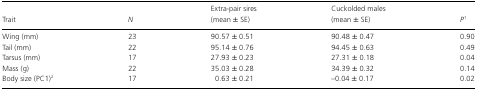
<table><thead><tr><td><b>Trait</b></td><td><b><i>N</i></b></td><td><b>Extra-pair sires (mean ± SE)</b></td><td><b>Cuckolded males (mean ± SE)</b></td><td><b><i>P</i>1</b></td></tr></thead><tbody><tr><td>Wing (mm)</td><td>23</td><td>90.57 ± 0.51</td><td>90.48 ± 0.47</td><td>0.90</td></tr><tr><td>Tail (mm)</td><td>22</td><td>95.14 ± 0.76</td><td>94.45 ± 0.63</td><td>0.49</td></tr><tr><td>Tarsus (mm)</td><td>17</td><td>27.93 ± 0.23</td><td>27.31 ± 0.18</td><td>0.04</td></tr><tr><td>Mass (g)</td><td>22</td><td>35.03 ± 0.28</td><td>34.39 ± 0.32</td><td>0.14</td></tr><tr><td>Body size (PC1)2</td><td>17</td><td>0.63 ± 0.21</td><td>–0.04 ± 0.17</td><td>0.02</td></tr></tbody></table>